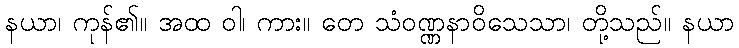
နယာ၊ ကုန်၏။ အထ ဝါ၊ ကား။ တေ သံဝဏ္ဏနာဝိသေသာ၊ တို့သည်။ နယာ